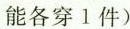
能各穿1件）